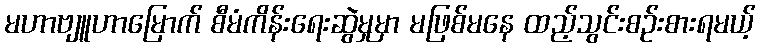
မဟာဗျူဟာမြောက် စီမံကိန်းရေးဆွဲမှုမှာ မဖြစ်မနေ ထည့်သွင်းစဉ်းစားရမယ့်